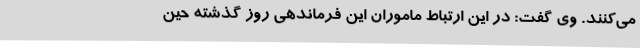
می‌کنند. وی گفت: در این ارتباط ماموران این فرماندهی روز گذشته حین